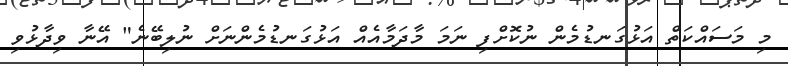
މި މަސައްކަތް އަޅުގަނޑުމެން ނުކޮށްފި ނަމަ މާދަމާއެއް އަޅުގަނޑުމެންނަށް ނުލިބޭނެ" އޭނާ ވިދާޅުވި